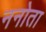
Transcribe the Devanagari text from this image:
ननोता